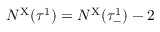
N ^ { \mathrm { X } } ( \tau ^ { 1 } ) = N ^ { \mathrm { X } } ( \tau _ { - } ^ { 1 } ) - 2